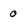
Character: 0